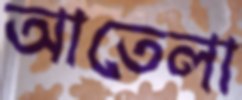
আতেলা